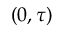
( 0 , \tau )